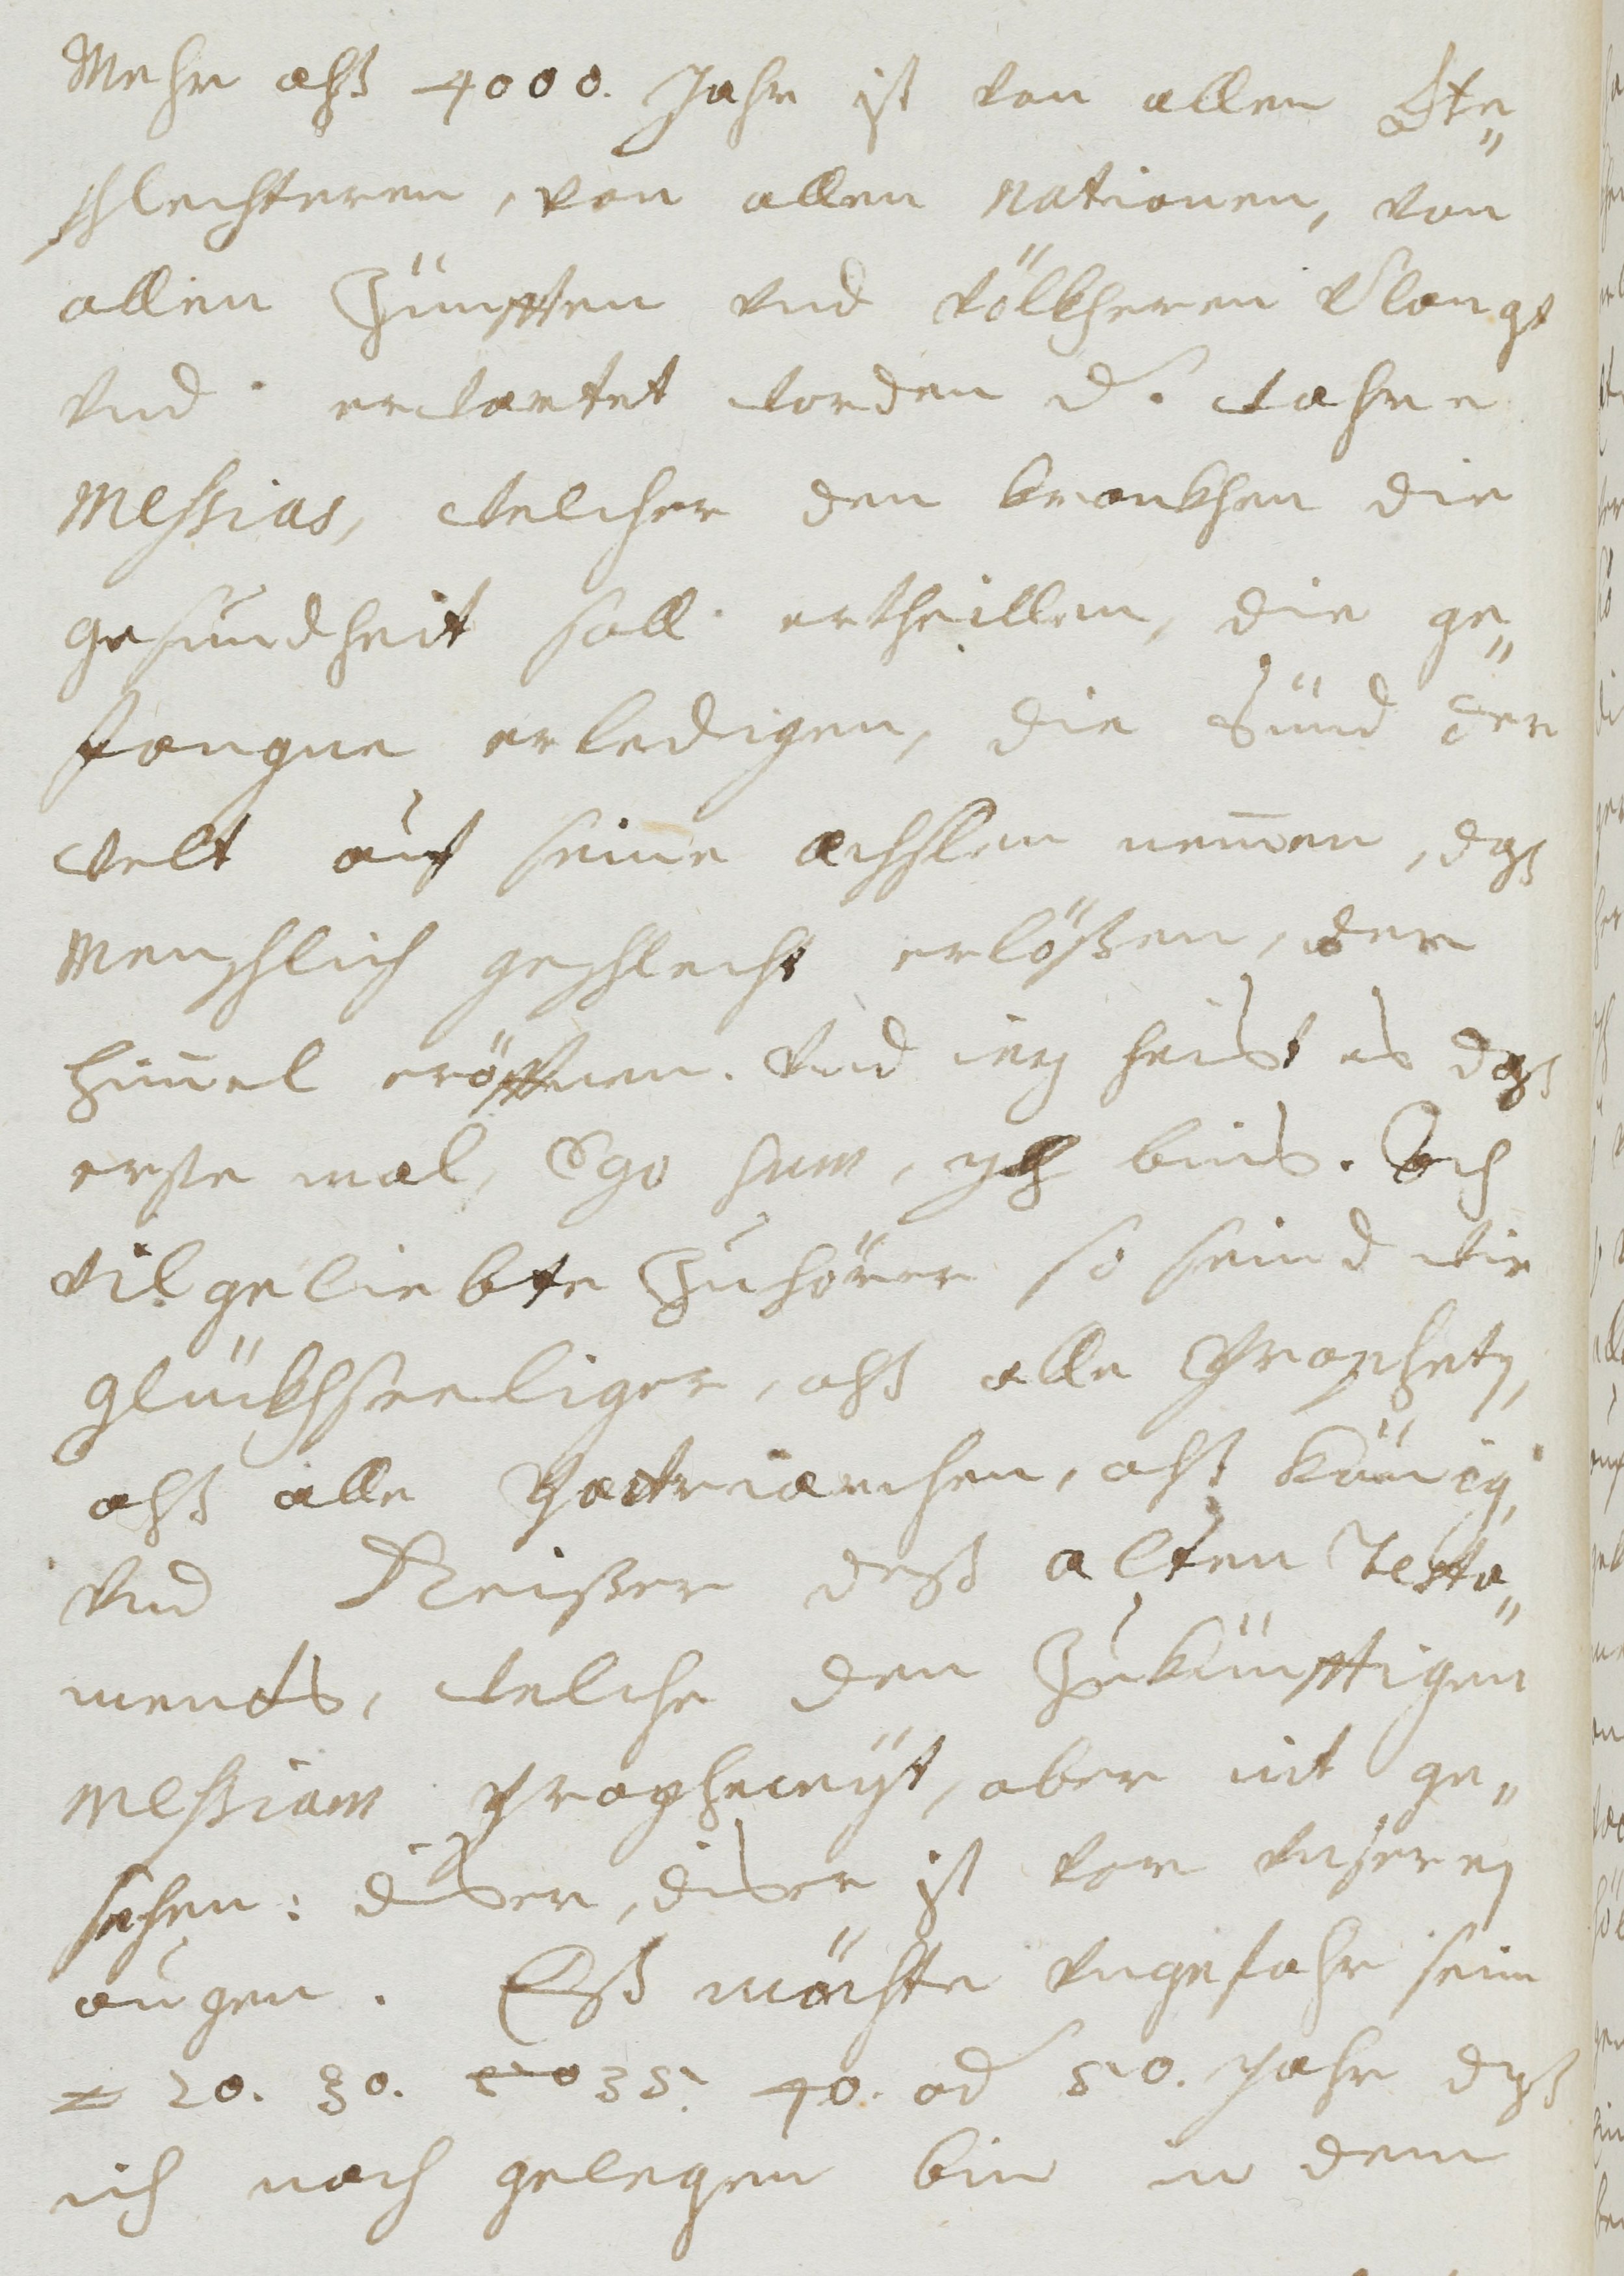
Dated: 1677–1691